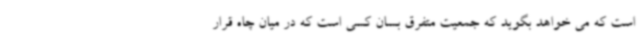
است که می خواهد بگوید که جمعیت متفرق بسان کسی است که در میان چاه قرار